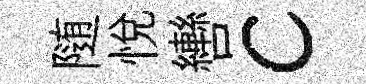
随悦轡c